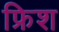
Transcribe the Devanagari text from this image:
फ्रिश